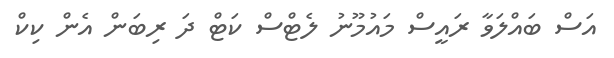
އަސް ބައްލަވާ ރައީސް މައުމޫނު ލެޓްސް ކަޓް ދަ ރިބަން އެން ކިކް